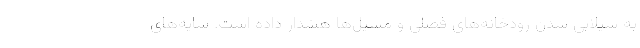
به سیلابی شدن رودخانه‌های فصلی و مسیل‌ها هشدار داده است. سایه‌های